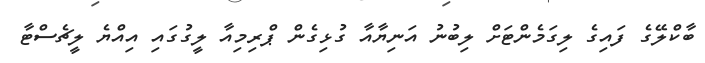
ބާކްލޭގެ ފައިގެ ލިގަމެންޓަށް ލިބުނު އަނިޔާއާ ގުޅިގެން ޕްރިމިއާ ލީގުގައި އިއްޔެ ލީޗެސްޓާ